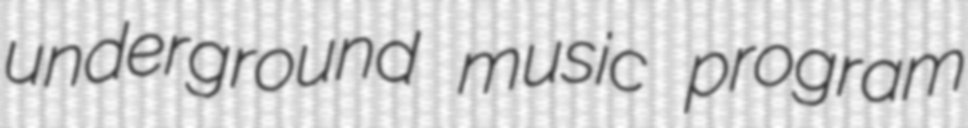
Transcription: underground music program